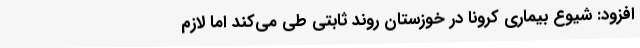
افزود: شیوع بیماری کرونا در خوزستان روند ثابتی طی می‌کند اما لازم